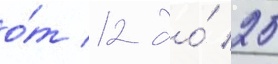
о́т 12 до́ 25